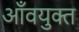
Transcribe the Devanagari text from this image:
आँवयुक्त